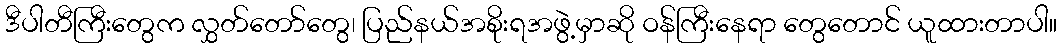
ဒီပါတီကြီးတွေက လွှတ်တော်တွေ၊ ပြည်နယ်အစိုးရအဖွဲ့မှာဆို ဝန်ကြီးနေရာ တွေတောင် ယူထားတာပါ။